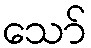
သော်